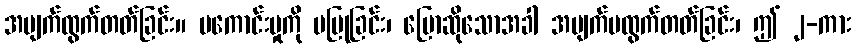
အမျက်ထွက်တတ်ခြင်း။ မကောင်းမှုကို မပြုခြင်း၊ ပြောဆိုသောအခါ အမျက်မထွက်တတ်ခြင်း၊ ဤ ၂-ကား